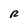
Character: R